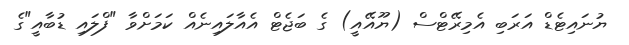
ޔުނައިޓެޑް އަރަބި އެމިރޭޓްސް (ޔޫއޭއީ) ގެ ބަޖެޓް އެއާލައިނެއް ކަމަށްވާ "ފްލައި ޑުބާއީ"ގެ